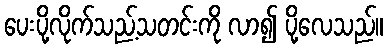
ပေးပို့လိုက်သည့်သတင်းကို လာ၍ ပို့လေသည်။